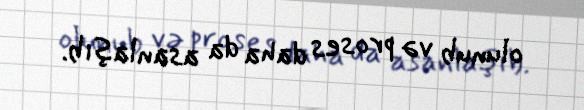
olunub və proses daha da asanlaşıb.